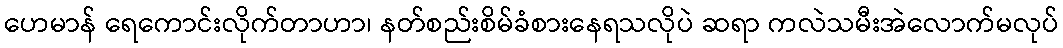
ဟေမာန် ရေကောင်းလိုက်တာဟာ၊ နတ်စည်းစိမ်ခံစားနေရသလိုပဲ ဆရာ ကလဲသမီးအဲလောက်မလုပ်